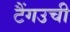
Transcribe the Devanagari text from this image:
टैंगउची